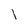
Character: l